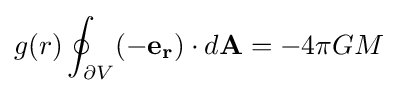
g(r)\oint _{\partial V}(-\mathbf {e_{r}} )\cdot d\mathbf {A} =-4\pi GM